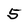
Character: 5